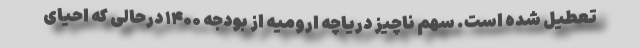
تعطیل شده است. سهم ناچیز دریاچه ارومیه از بودجه ۱۴۰۰ درحالی که احیای